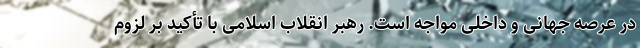
در عرصه جهانی و داخلی مواجه است. رهبر انقلاب اسلامی با تأکید بر لزوم